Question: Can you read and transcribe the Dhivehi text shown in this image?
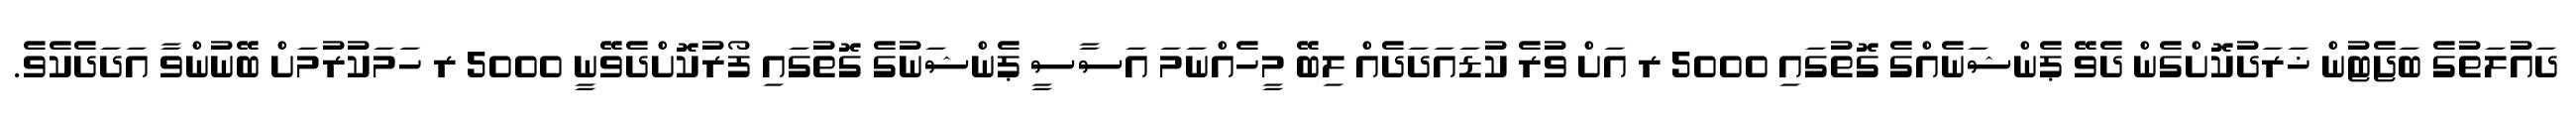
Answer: ދައުލަތުގެ ބަޖެޓުން ޚަރަދުކޮށްގެން ދެވޭ ޕެންޝަނެއްގެ ގޮތުގައި 5000 ރ އަށް ވުރެ ކުޑައަދަދެއް ލިބޭ މީހެއްނަމަ އަސާސީ ޕެންޝަނުގެ ގޮތުގައި ފޯރުކޮށްދެވޭނީ 5000 ރ ހަމަކުރުމަށް ބޭނުންވާ އަދަދެކެވެ.